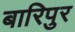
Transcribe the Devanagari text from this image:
बारिपुर